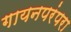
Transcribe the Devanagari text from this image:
गायनपरंपरा